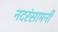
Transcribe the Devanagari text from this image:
नदरंसामनी